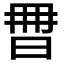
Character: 𣆩